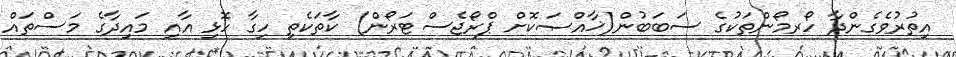
އިތުރުވެގެންދާ ހޯރމޯންތަކުގެ ސަބަބުން(ޚާއްޞަކޮށް ޕްރޯޖެސްޓަރޯން) ކާތަކެތި ހިގާ ހޮޅި އާއި މައިދާގެ މަސްތައް